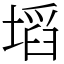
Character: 塪